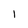
Character: 1